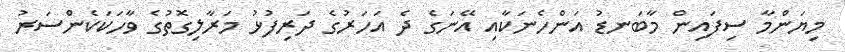
މިޔަންމާ ސިފައިން މާބަނޑު އަންހެނަކާއި އޭނަގެ ދެ އަހަރުގެ ދަރިފުޅު މަރާލިގޮތުގެ ވާހަކަކެންސަރު